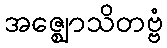
အဇ္ဈောသိတဗ္ဗံ